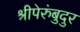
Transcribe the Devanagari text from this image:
श्रीपेरुंबुदुर